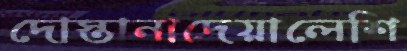
দোস্তানাদেয়ালেশি